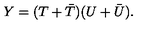
Y = ( T + { \bar { T } } ) ( U + { \bar { U } } ) .